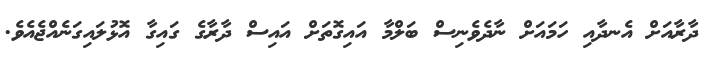
ދާރާއަށް އެނދާއި ހަމައަށް ނާދެވެނިސް ބަލްމާ އައިގޮތަށް އައިސް ދާރާގެ ގައިގާ އޮޅުލައިގަނެއްޖެއެވެ.